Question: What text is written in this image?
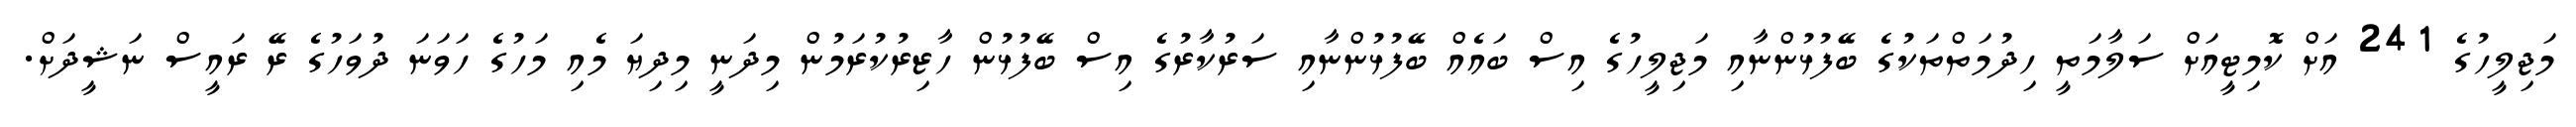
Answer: މަޖިލީހުގެ 241 އަށް ކޮމިޓީއަށް ސަލާމަތީ ހިދުމަތްތަކުގެ ބޭފުޅުންނާއި މަޖިލީހުގެ އިސް ބައެއް ބޭފުޅުންނާއި ސަރުކާރުގެ އިސް ބޭފުޅުން ހާޒިރުކުރަމުން މިދަނީ މިދިޔަ މެއި މަހުގެ ހަވަނަ ދުވަހުގެ ރޭ ރައީސް ނަޝީދަށް.